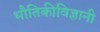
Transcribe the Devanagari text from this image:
भौतिकीविज्ञानी